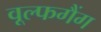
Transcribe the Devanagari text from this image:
वूल्फगैंग